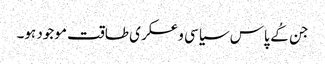
جن کُے پاس سیاسی و عسکری طاقت موجود ہو۔